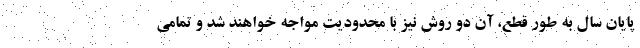
پایان سال به طور قطع، آن دو روش نیز با محدودیت مواجه خواهند شد و تمامی